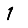
Digit: 1